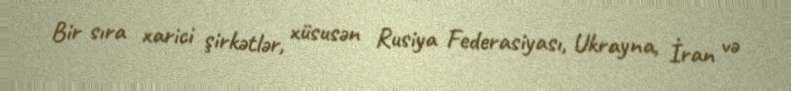
Bir sıra xarici şirkətlər, xüsusən Rusiya Federasiyası, Ukrayna, İran və